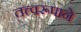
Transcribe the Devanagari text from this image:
तत्त्वरूपाने